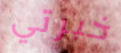
خبرتي